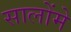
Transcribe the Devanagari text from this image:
सालोंमे